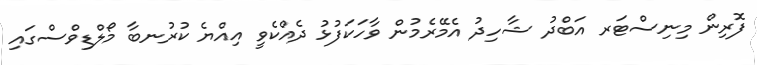
ފޮރިން މިނިސްޓަރ އަބްދު ޝާހިދު އެމޭރެމުން ވާހަކަފުޅު ދެއްކެވީ އިއްޔެ ކުރުނބާ މޯލްޑިވްސްގައި